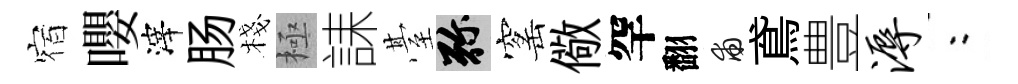
宿嚶滓肠棧極誄䑓弥窰儆罕翻甫鳶豊溽欸